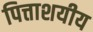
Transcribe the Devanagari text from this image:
पित्ताशयीय